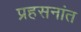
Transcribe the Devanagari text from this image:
प्रहसनांत